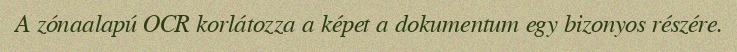
A zónaalapú OCR korlátozza a képet a dokumentum egy bizonyos részére.